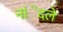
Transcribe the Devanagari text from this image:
नांेदले